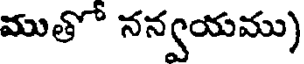
ముతో నన్వయము)